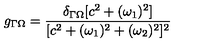
g _ { \Gamma \Omega } = { \frac { \delta _ { \Gamma \Omega } [ c ^ { 2 } + ( \omega _ { 1 } ) ^ { 2 } ] } { [ c ^ { 2 } + ( \omega _ { 1 } ) ^ { 2 } + ( \omega _ { 2 } ) ^ { 2 } ] ^ { 2 } } }